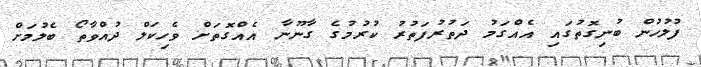
ފުލުހުން ބުނިގޮތުގައި އެއްގަމު ދަތުރުފަތުރު ކުރުމުގެ ގާނޫނާ އެއްގޮތަށް ވެހިކަލް ދުއްވާތޯ ބެލުމަށް